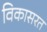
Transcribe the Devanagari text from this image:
विकासरत